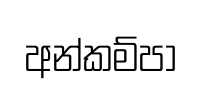
අන්කම්පා